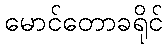
မောင်တောခရိုင်